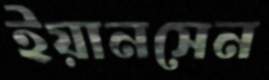
ইয়ানসেন